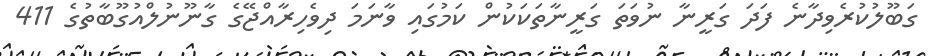
ގަބޫލުކުރެވިދާނެ ފަދަ ގަރީނާ ނުވަތަ ގަރީނާތަކަކުން ކަމުގައި ވާނަމަ ދިވެހިރާއްޖޭގެ ގާނޫނުލްއުގޫބާތުގެ 411